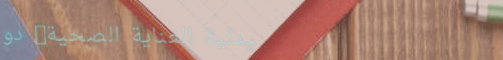
صيدلية العناية الصحية: دو